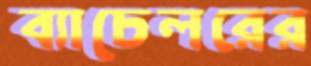
ব্যাচেলরের